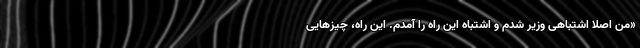
«من اصلا اشتباهی وزیر شدم و اشتباه این راه را آمدم. این راه، چیزهایی